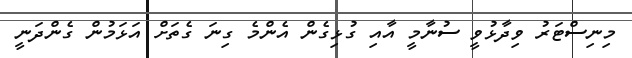
މިނިސްޓަރު ވިދާޅުވީ ސުނާމީ އާއި ގުޅިގެން އެންމެ ގިނަ ގެތަށް އަޅަމުން ގެންދަނީ